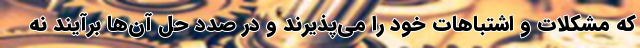
که مشکلات و اشتباهات خود را می‌پذیرند و در صدد حل آن‌ها برآیند نه